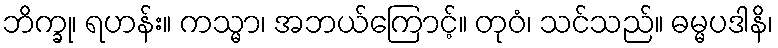
ဘိက္ခု၊ ရဟန်း။ ကသ္မာ၊ အဘယ်ကြောင့်။ တုဝံ၊ သင်သည်။ ဓမ္မပဒါနိ၊